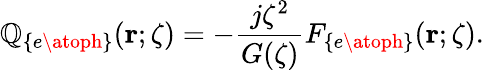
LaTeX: \mathbb{Q}_{\left\{ e\atoph\right\} }({\mathbf{r}};\zeta)=-\frac{{j\zeta^{2}}}{{G(\zeta)}}F_{\left\{ e\atoph\right\} }({\mathbf{r}};\zeta).